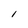
Character: l